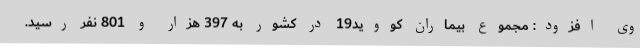
وی افزود: مجموع بیماران کووید19 در کشور به 397 هزار و 801 نفر رسید.